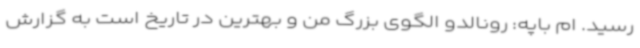
رسید. ام باپه: رونالدو الگوی بزرگ من و بهترین در تاریخ است به گزارش